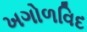
ખગોળવિદ